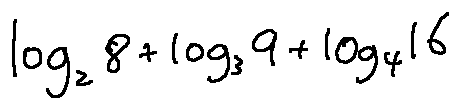
\log _ { 2 } 8 + \log _ { 3 } 9 + \log _ { 4 } 1 6